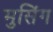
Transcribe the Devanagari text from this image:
मुसिंग